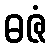
ဓဇံ